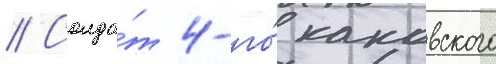
// Солда́т 4-го́ каковского